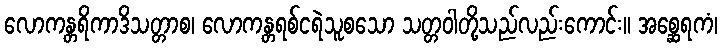
လောကန္တရိကာဒိသတ္တာစ၊ လောကန္တရစ်ငရဲသူစသော သတ္တဝါတို့သည်လည်းကောင်း။ အစ္ဆေရကံ၊